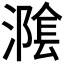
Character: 𭲪